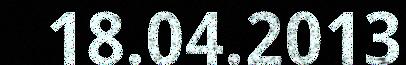
18.04.2013